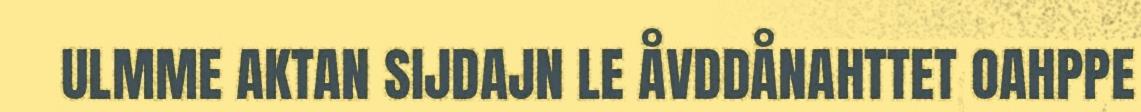
ULMME AKTAN SIJDAJN LE ÅVDDÅNAHTTET OAHPPE